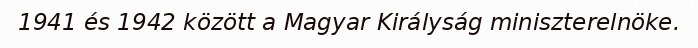
1941 és 1942 között a Magyar Királyság miniszterelnöke.